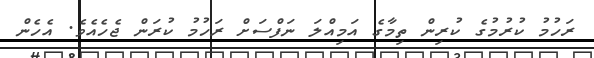
ރަހުމު ކުރުމުގެ ކުރިން ތިމާގެ އަމިއްލަ ނަފްސަށް ރަހުމު ކުރަން ޖެހެއެވެ. އެހެން